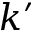
k ^ { \prime }